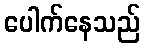
ပေါက်နေသည်